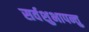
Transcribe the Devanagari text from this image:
सर्वशुभापन्तु